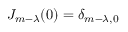
J _ { m - \lambda } ( 0 ) = \delta _ { m - \lambda , 0 }